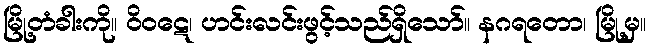
မြို့တံခါးကို။ ဝိဝဋေ၊ ဟင်းလင်းဖွင့်သည်ရှိသော်။ နဂရတော၊ မြို့မှ။